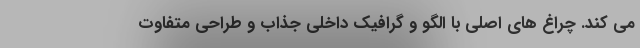
می کند. چراغ های اصلی با الگو و گرافیک داخلی جذاب و طراحی متفاوت